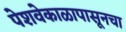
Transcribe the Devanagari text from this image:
पेशवेकाळापासूनचा